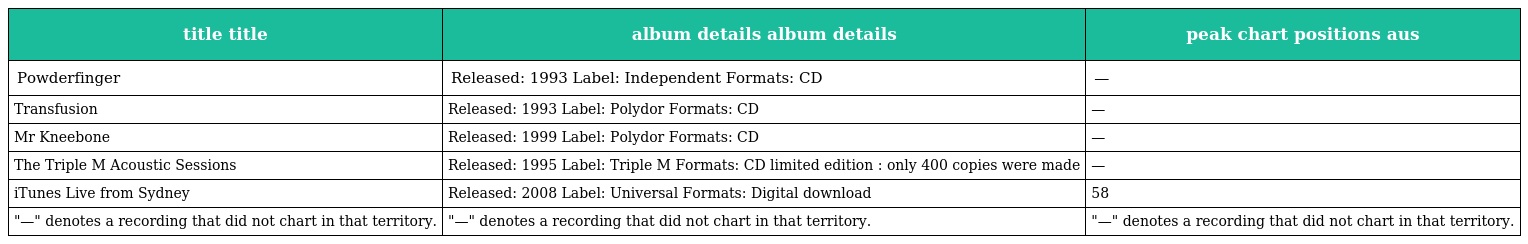
| title title | album details album details | peak chart positions aus |
 | --- | --- | --- |
 | Powderfinger | Released: 1993 Label: Independent Formats: CD | — |
 | Transfusion | Released: 1993 Label: Polydor Formats: CD | — |
 | Mr Kneebone | Released: 1999 Label: Polydor Formats: CD | — |
 | The Triple M Acoustic Sessions | Released: 1995 Label: Triple M Formats: CD limited edition : only 400 copies were made | — |
 | iTunes Live from Sydney | Released: 2008 Label: Universal Formats: Digital download | 58 |
 | "—" denotes a recording that did not chart in that territory. | "—" denotes a recording that did not chart in that territory. | "—" denotes a recording that did not chart in that territory. |